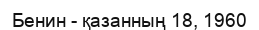
Бенин - қазанның 18, 1960